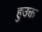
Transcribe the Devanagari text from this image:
हुउक्त